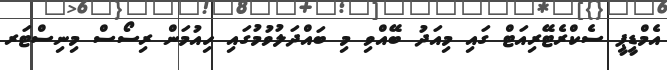
އެމްޑީޕީ ސެކްރެޓޭރިއަޓް ގައި މިއަދު ބޭއްވި މި ބައްދަލުވުމުގައި ހިއުމަން ރިސޯސް މިނިސްޓަރ